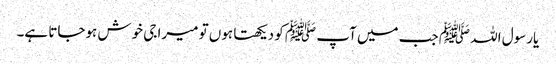
یارسول اللہ ﷺ جب میں آپ ﷺ کو دیکھتا ہوں تو میرا جی خوش ہوجاتا ہے۔